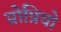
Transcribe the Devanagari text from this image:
प्रोप्रियो